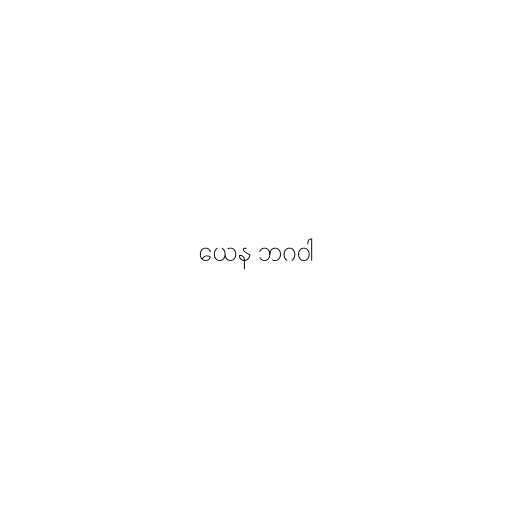
ယေန ဘဂဝါ